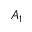
A _ { 1 }